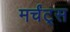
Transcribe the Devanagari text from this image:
मर्चंट्‌स